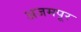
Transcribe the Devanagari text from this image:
अजमपूर